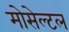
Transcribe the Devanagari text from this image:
मोसेल्टल